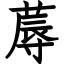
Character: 蓐